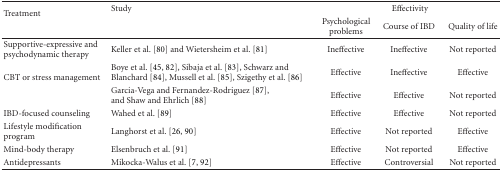
| <ROWSPAN=2> Treatment | <ROWSPAN=2> Study | <COLSPAN=3> Effectivity |
 | Psychological problems | Course of IBD | Quality of life |
 | --- | --- | --- | --- | --- |
 | Supportive-expressive and psychodynamic therapy | Keller et al. [80] and Wietersheim et al. [81] | Ineffective | Ineffective | Not reported |
 | <ROWSPAN=2> CBT or stress management | Boye et al. [45, 82], Sibaja et al. [83], Schwarz and Blanchard [84], Mussell et al. [85], Szigethy et al. [86] | Effective | Ineffective | Effective |
 | Garcia-Vega and Fernandez-Rodriguez [87],and Shaw and Ehrlich [88] | Effective | Effective | Not reported |
 | IBD-focused counseling | Wahed et al. [89] | Effective | Effective | Not reported |
 | Lifestyle modification program | Langhorst et al. [26, 90] | Effective | Not reported | Effective |
 | Mind-body therapy | Elsenbruch et al. [91] | Effective | Not reported | Effective |
 | Antidepressants | Mikocka-Walus et al. [7, 92] | Effective | Controversial | Not reported |